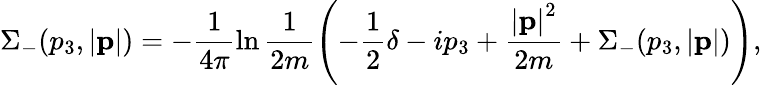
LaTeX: \Sigma_{-}(p_{3},\left|{\mathbf p}\right|)=-\frac{1}{4\pi}\ln\frac{1}{2m}\left(-\frac{1}{2}\delta-ip_{3}+\frac{\left|{\mathbf p}\right|^{2}}{2m}+\Sigma_{-}(p_{3},\left|{\mathbf p}\right|)\right),